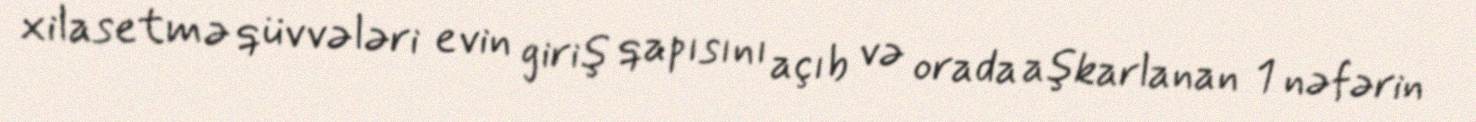
xilasetmə qüvvələri evin giriş qapısını açıb və orada aşkarlanan 1 nəfərin